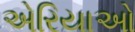
એરિયાઓ